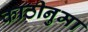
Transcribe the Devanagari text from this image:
काठीनुमा